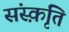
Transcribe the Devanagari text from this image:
संस्‍क़ृति